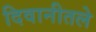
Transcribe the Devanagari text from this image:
दिवानीतले